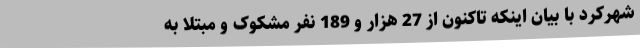
شهرکرد با بیان اینکه تاکنون از 27 هزار و 189 نفر مشکوک و مبتلا به